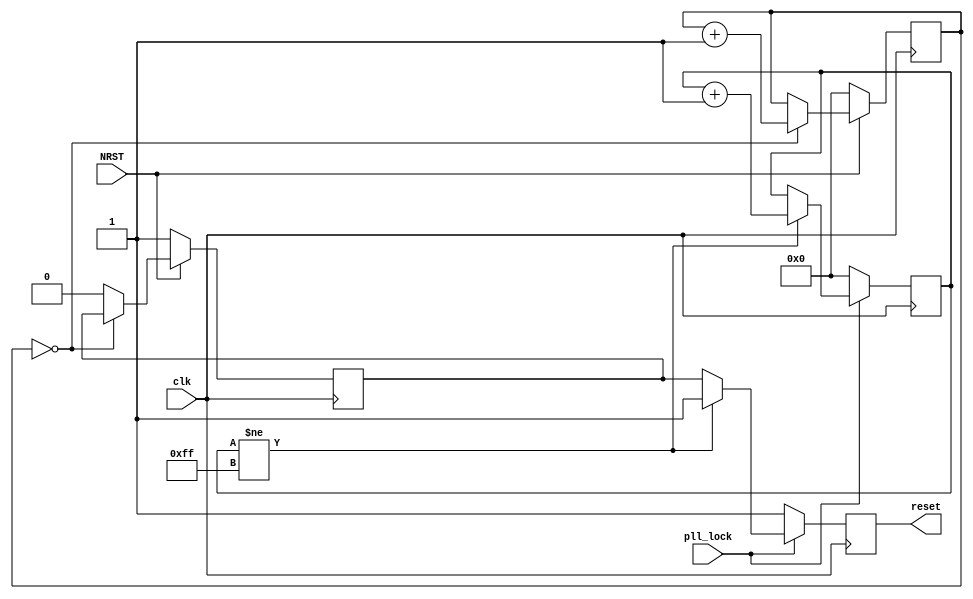
module reset_top(
	// Extern reset input
	input NRST,
	// System clock
	input clk,
	// PLL lock status
	input pll_lock,
	// System reset
	output reset
);

	// external reset debounce
	reg [7:0] ercnt;
	reg erst;
	always @(posedge clk)
	begin
		if(NRST == 1'b0)
		begin
			ercnt <= 8'h00;
			erst <= 1'b1;
		end
		else
		begin
			if(!ercnt)
				ercnt <= ercnt + 8'h01;
			else
				erst <= 1'b0;
		end
	end

	// reset generator waits > 10us
	reg [7:0] reset_cnt;
	reg reset;
	always @(posedge clk)
	begin
		if(!pll_lock)
		begin
			reset_cnt <= 8'h00;
			reset <= 1'b1;
		end
		else
		begin
			if(reset_cnt != 8'hff)
			begin
				reset_cnt <= reset_cnt + 8'h01;
				reset <= 1'b1;
			end
			else
				reset <= erst;
		end
	end

endmodule